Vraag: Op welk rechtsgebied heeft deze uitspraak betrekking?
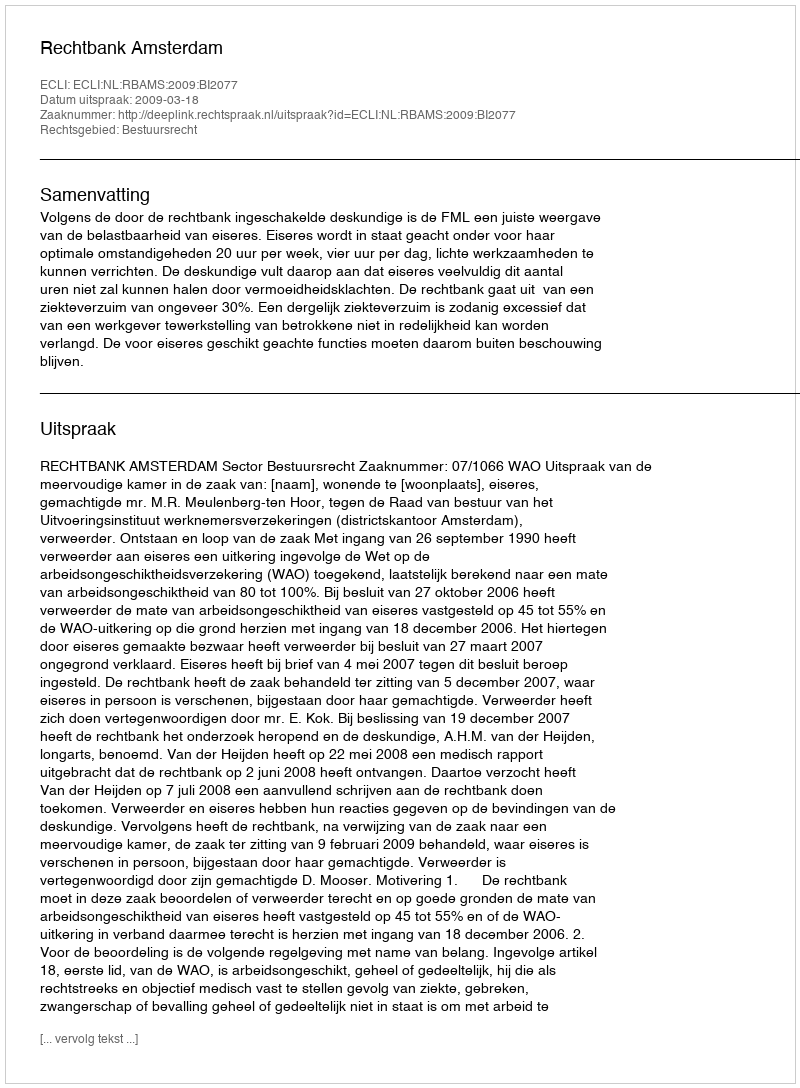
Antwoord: Bestuursrecht